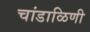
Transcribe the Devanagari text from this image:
चांडाळिणी